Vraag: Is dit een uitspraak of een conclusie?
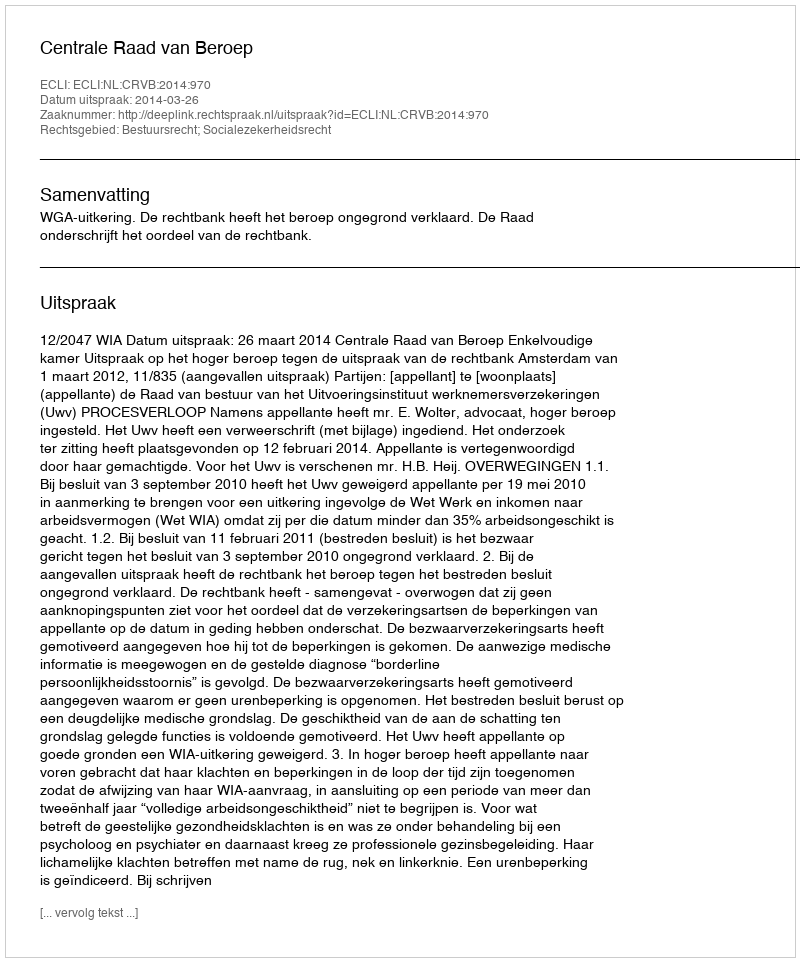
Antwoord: Uitspraak